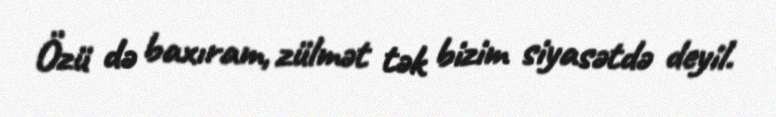
Özü də baxıram, zülmət tək bizim siyasətdə deyil.